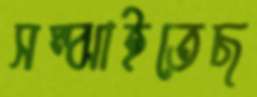
সম্‌ঝাইতেছ